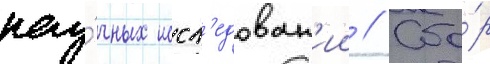
нау́чных иссл'едован'ии // Сбо́р